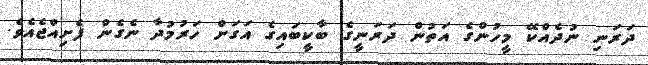
ދަރަނި ނުދެއްކޭ މީހުންގެ އަތުން ދަރަނީގެ ބާކީބައިގެ އަގަށް ހަރުމުދާ ނެގެން ފެށިއްޖެއެވެ.